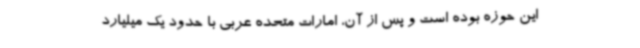
این حوزه بوده است و پس از آن، امارات متحده عربی با حدود یک میلیارد